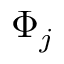
\Phi _ { j }